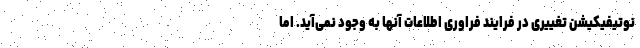
نوتیفیکیشن تغییری در فرایند فراوری اطلاعات آنها به وجود نمی‌آید. اما